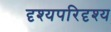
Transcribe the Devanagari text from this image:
दृश्यपरिदृश्य